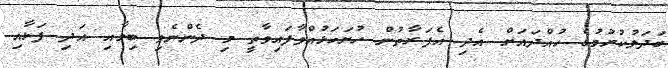
ބަދަލުކުރުމުގެ ހުއްދައަށް އެދި އެފަރާތުން ހުށަހަޅުއްވާފައިވާތީ މި ދެންނެވި ބިމާއި އަދި ފަޅާއި